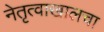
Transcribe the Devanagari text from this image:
नेतृत्वाखालचा